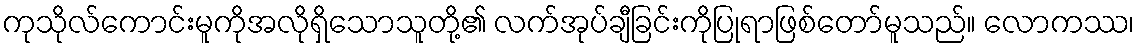
ကုသိုလ်ကောင်းမူကိုအလိုရှိသောသူတို့၏ လက်အုပ်ချီခြင်းကိုပြုရာဖြစ်တော်မူသည်။ လောကဿ၊